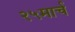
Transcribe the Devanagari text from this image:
२५मार्च